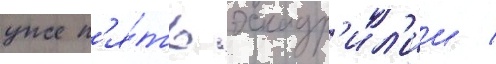
уже п'я́ть эскадр'ил'ии /